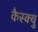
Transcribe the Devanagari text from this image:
कैस्क्यु